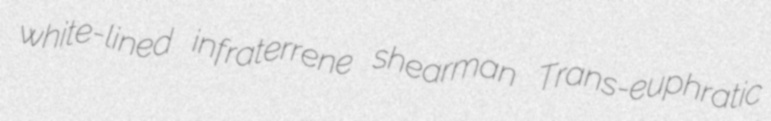
white-lined infraterrene shearman Trans-euphratic